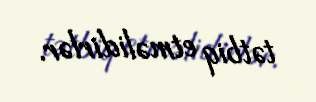
tətbiq etməlidirlər.